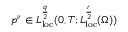
p ^ { \nu } \in L _ { \mathrm { l o c } } ^ { \frac { q } { 2 } } ( 0 , T ; L _ { \mathrm { l o c } } ^ { \frac { r } { 2 } } ( \Omega ) )